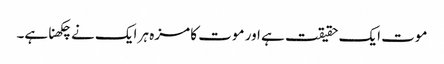
موت ایک حقیقت ہے اور موت کا مزہ ہر ایک نے چکھنا ہے۔